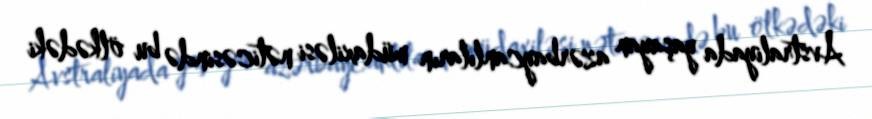
Avstraliyada yaşayan azərbaycanlıların müdaxiləsi nəticəsində bu ölkədəki